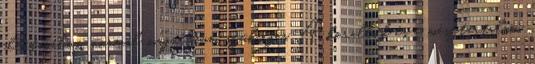
ellátásához normál magnézium szükséges. A korallok és a mésztartalmú